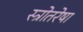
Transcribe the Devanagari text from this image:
स्त्रोतरेषा